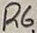
Text: R6